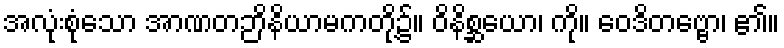
အလုံးစုံသော အာဏတဉာိနိယာမကတို့၌။ ဝိနိစ္ဆယော၊ ကို။ ဝေဒိတဗ္ဗော၊ ၏။